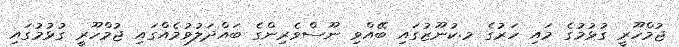
ޖުމްހޫރީ ގުޅުމުގެ މައި ހަރުގެ މ.ކުނޫޒުގައި ބޭއްވި ނޫސްވެރިންގެ ބައްދަލުވުމެއްގައި ޖުމްހޫރީ ގުޅުމުގައި